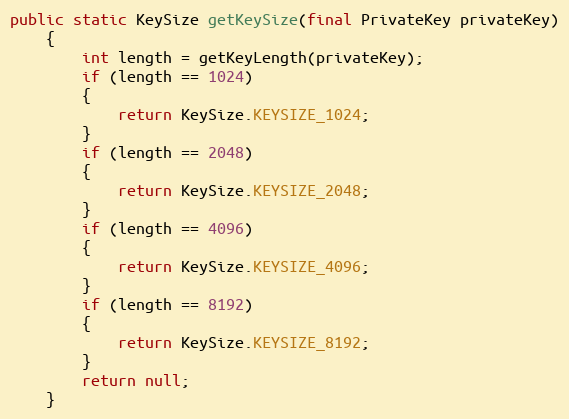
Language: Java
public static KeySize getKeySize(final PrivateKey privateKey)
	{
		int length = getKeyLength(privateKey);
		if (length == 1024)
		{
			return KeySize.KEYSIZE_1024;
		}
		if (length == 2048)
		{
			return KeySize.KEYSIZE_2048;
		}
		if (length == 4096)
		{
			return KeySize.KEYSIZE_4096;
		}
		if (length == 8192)
		{
			return KeySize.KEYSIZE_8192;
		}
		return null;
	}